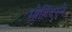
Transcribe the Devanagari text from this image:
मोहिंदरने